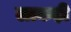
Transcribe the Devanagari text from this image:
लाकड़ी